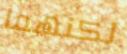
لكنهما